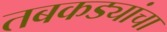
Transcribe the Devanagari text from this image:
तबकड्यांचा